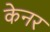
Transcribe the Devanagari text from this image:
केनर